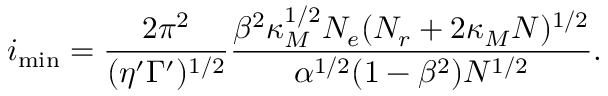
i _ { \mathrm { m i n } } = \frac { 2 \pi ^ { 2 } } { ( \eta ^ { \prime } \Gamma ^ { \prime } ) ^ { 1 / 2 } } \frac { \beta ^ { 2 } \kappa _ { M } ^ { 1 / 2 } N _ { e } ( N _ { r } + 2 \kappa _ { M } N ) ^ { 1 / 2 } } { \alpha ^ { 1 / 2 } ( 1 - \beta ^ { 2 } ) N ^ { 1 / 2 } } .